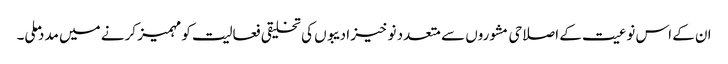
ان کے اس نوعیت کے اصلاحی مشوروں سے متعدد نو خیز ادیبوں کی تخلیقی فعالیت کو مہمیز کرنے میں مدد ملی۔